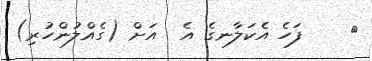
٨    ފަހެ އެކަލާނގެ އެ  އަށް (ގެއްލުންހުރި)